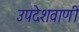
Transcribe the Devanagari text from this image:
उपदेशवाणी